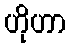
ဟိုဟာ